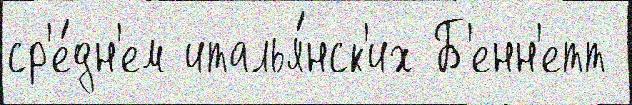
ср'е́дн'ем италья́нск'их Б'енн'етт